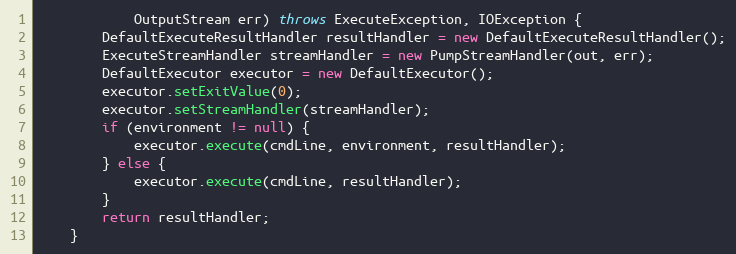
Language: Java
            OutputStream err) throws ExecuteException, IOException {
        DefaultExecuteResultHandler resultHandler = new DefaultExecuteResultHandler();
        ExecuteStreamHandler streamHandler = new PumpStreamHandler(out, err);
        DefaultExecutor executor = new DefaultExecutor();
        executor.setExitValue(0);
        executor.setStreamHandler(streamHandler);
        if (environment != null) {
            executor.execute(cmdLine, environment, resultHandler);
        } else {
            executor.execute(cmdLine, resultHandler);
        }
        return resultHandler;
    }